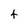
Character: 4